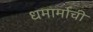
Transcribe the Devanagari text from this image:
धमार्माची